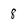
Character: 8